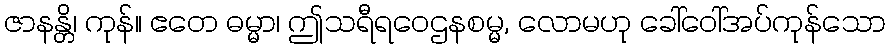
ဇာနန္တိ၊ ကုန်။ ဧတေ ဓမ္မာ၊ ဤသရီရဝေဌနစမ္မ, လောမဟု ခေါ်ဝေါ်အပ်ကုန်သော